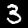
Digit: 3